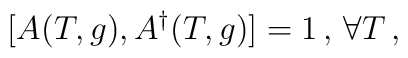
[A(T,g),A^{\dag }(T,g)]=1\, ,\, \forall T\, ,